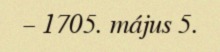
– 1705. május 5.